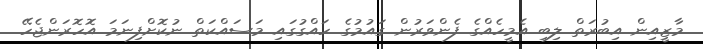
މާޒީއިން އިބުރަތް ލިބި އެމީހެއްގެ ފެންވަރުން ގައުމުގެ ހައްގުގައި މަސައްކަތް ނުކޮށްފިނަމަ އޮހޮރަންޖެހޭ